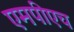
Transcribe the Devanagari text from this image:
एमपीएच